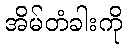
အိမ်တံခါးကို